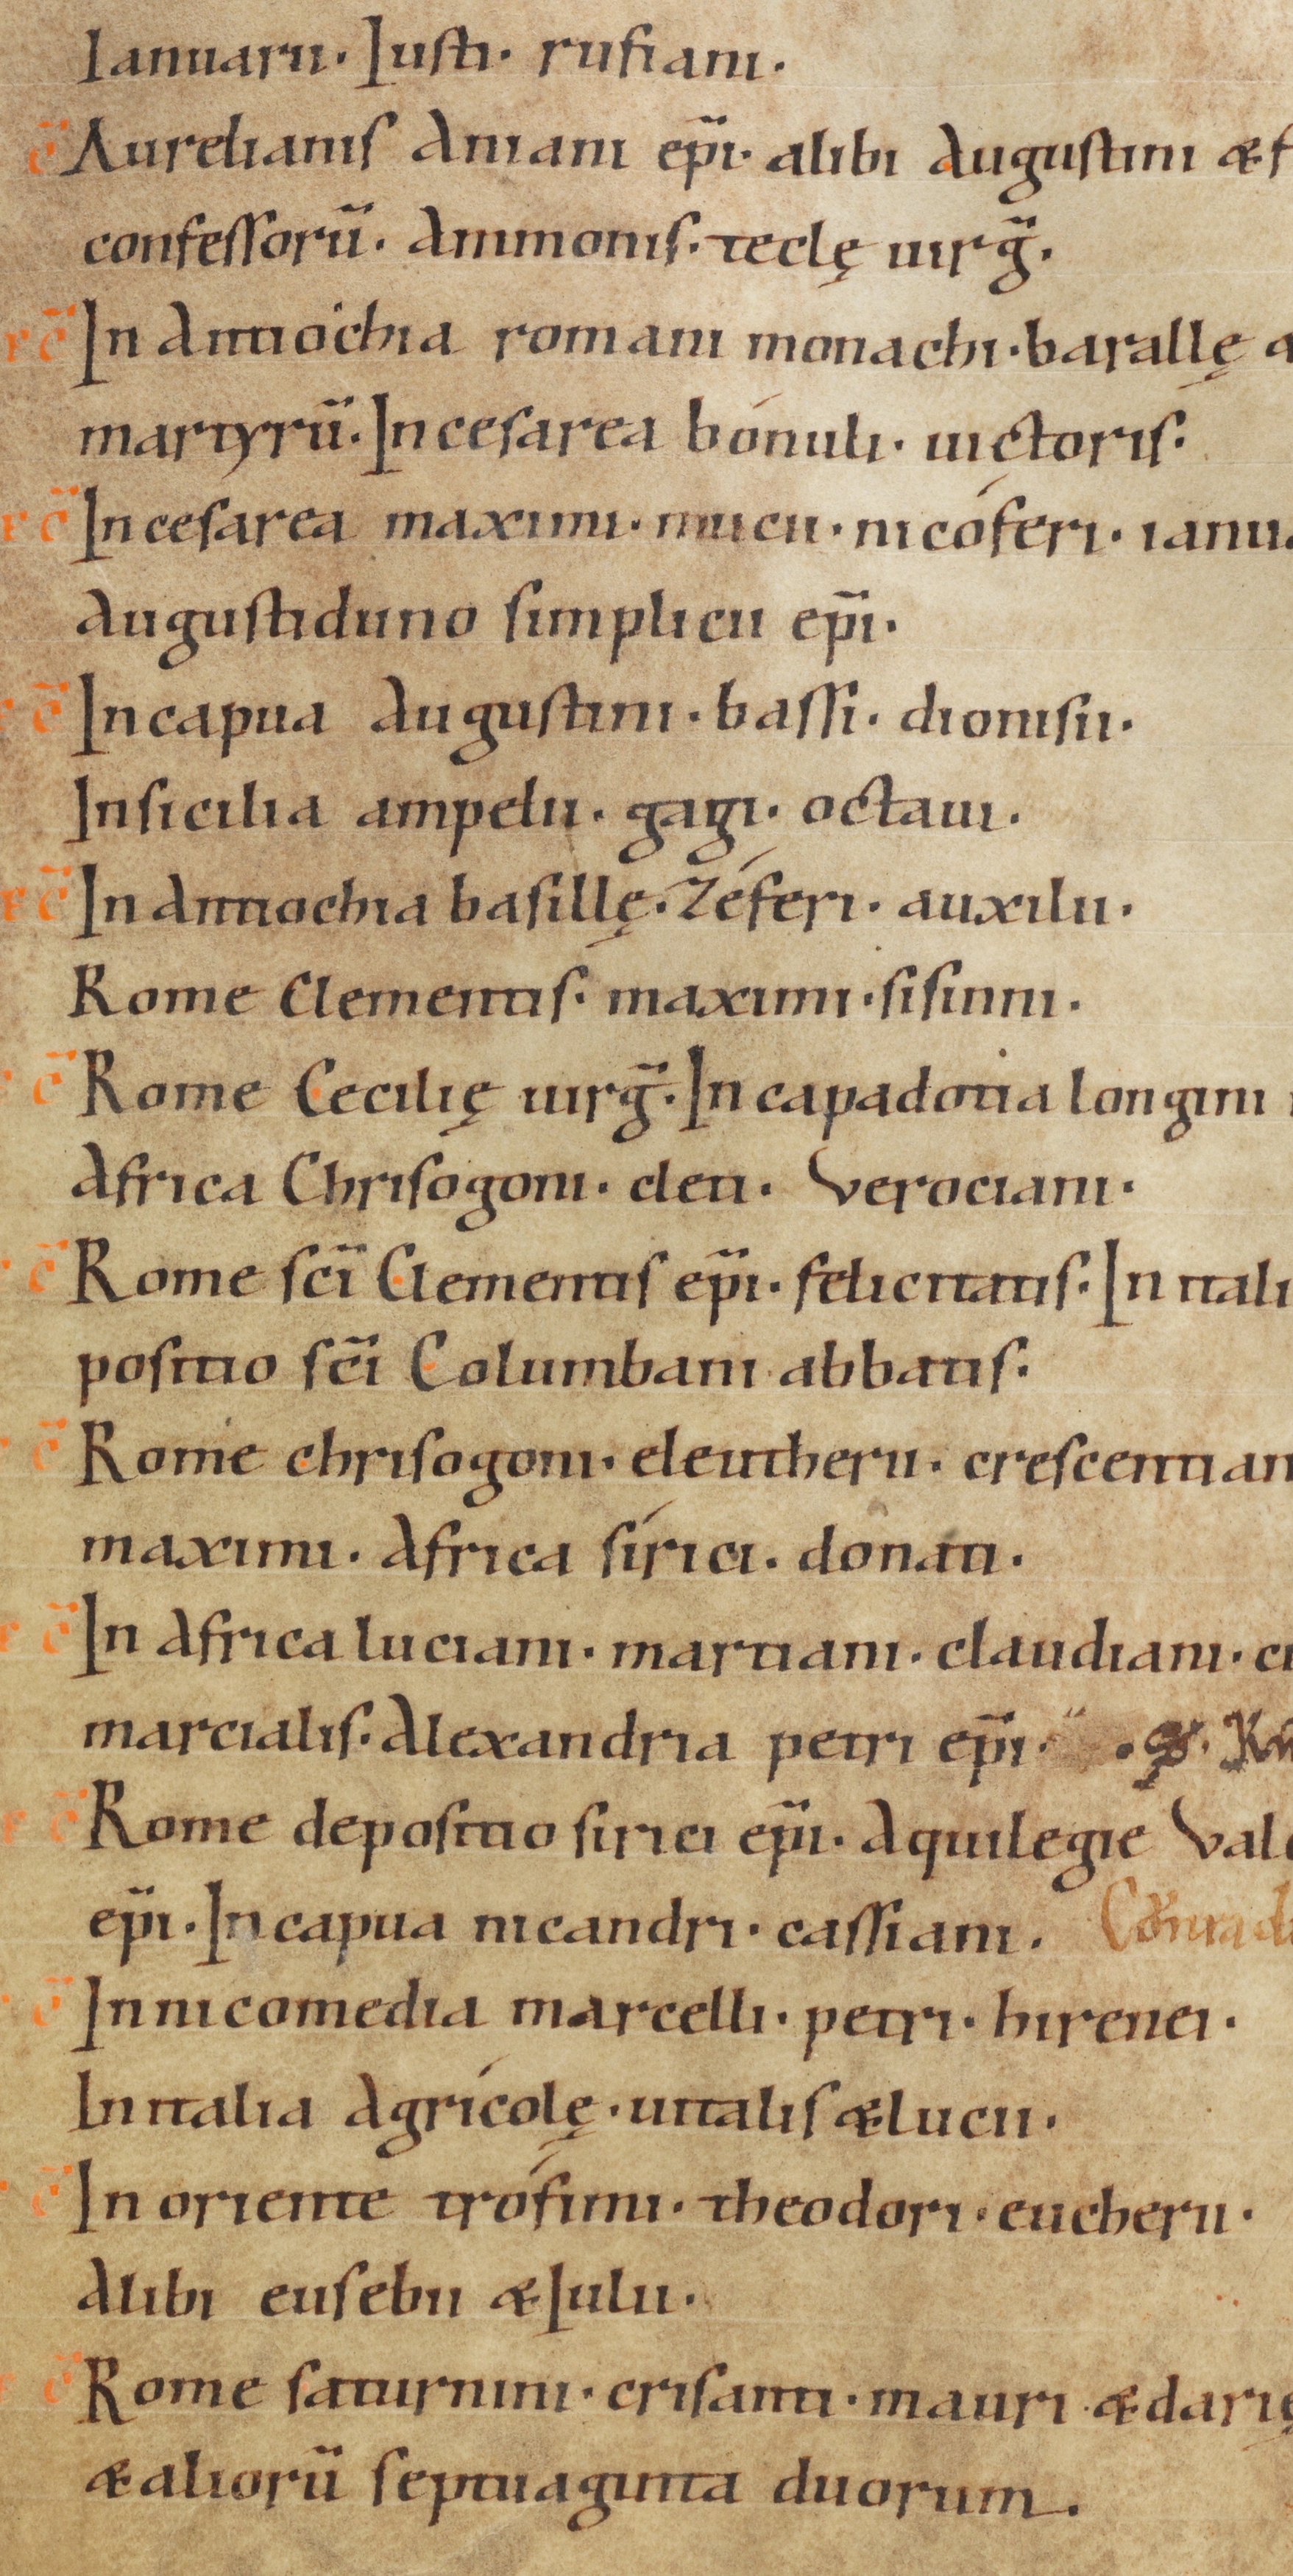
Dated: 1070–1099